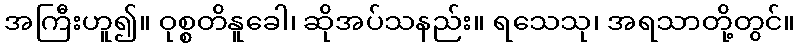
အကြီးဟူ၍။ ဝုစ္စတိနူခေါ၊ ဆိုအပ်သနည်း။ ရသေသု၊ အရသာတို့တွင်။